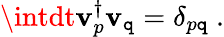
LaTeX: \intdt\mathbf{v}_{p}^{\dagger}\mathbf{v}_{\mathtt{q}}=\delta_{p\mathtt{q}}~.